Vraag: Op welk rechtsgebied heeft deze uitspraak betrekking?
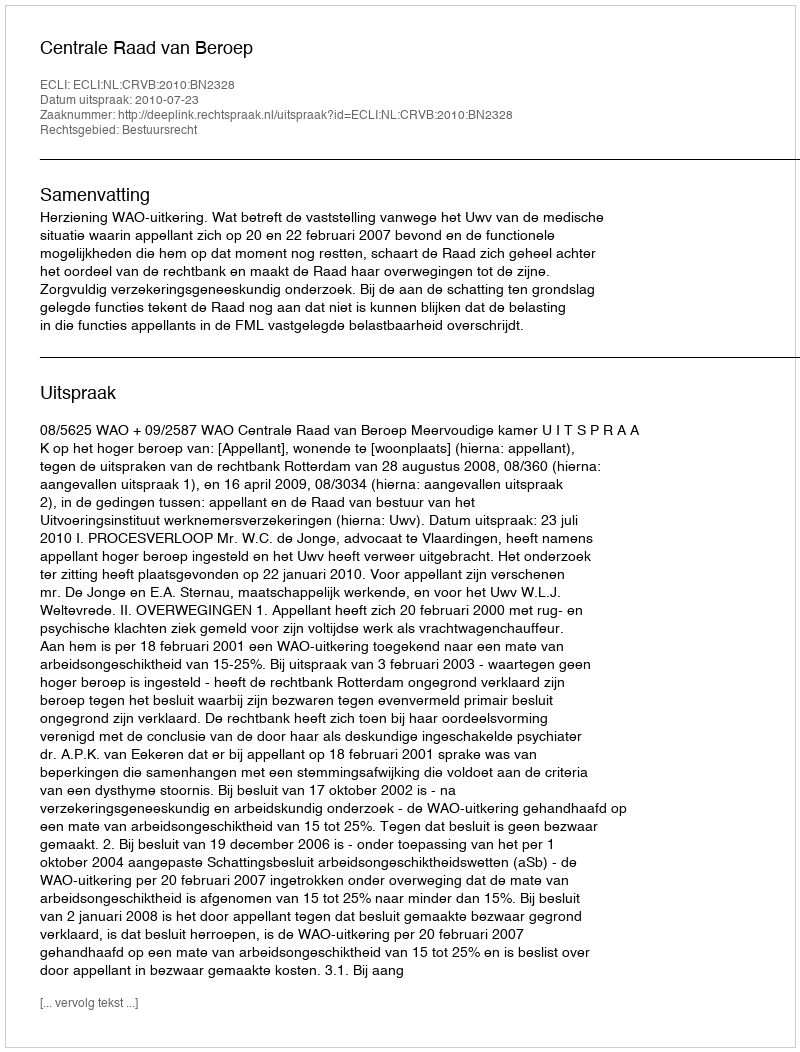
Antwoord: Bestuursrecht